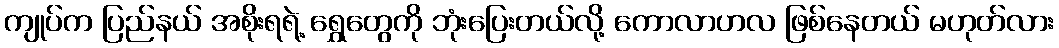
ကျုပ်က ပြည်နယ် အစိုးရရဲ့ ရွှေတွေကို ဘုံးပြေးတယ်လို့ ကောလာဟလ ဖြစ်နေတယ် မဟုတ်လား